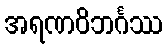
အရဏဝိဘင်္ဂဿ